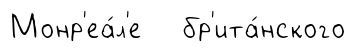
Монр'еа́л'е бр'ита́нского